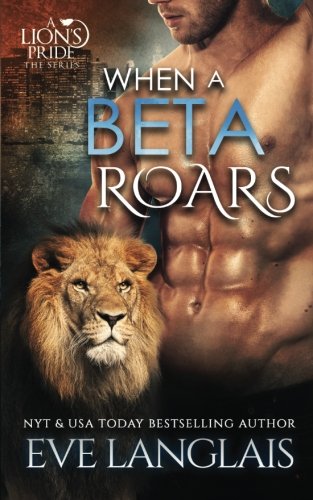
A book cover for When A Beta Roars (A Lion's Pride) (Volume 2); Eve Langlais; Romance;